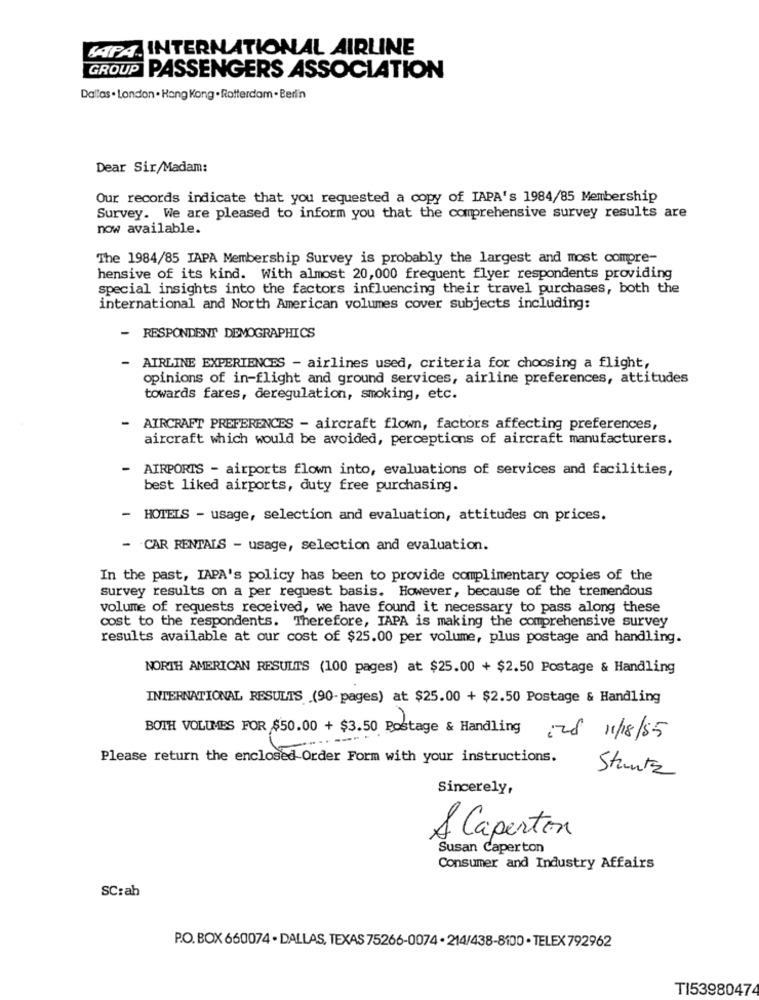
APA INTERNATIONAL AIRLINE
GROUP PASSENGERS ASSOCIATION
Dallas . London . Hang Kong . Rotterdam . Berlin
Dear Sir/Madam:
Our records indicate that you requested a copy of IAPA's 1984/85 Membership
Survey. We are pleased to inform you that the comprehensive survey results are
now available.
The 1984/85 IAPA Membership Survey is probably the largest and most compre-
hensive of its kind. With almost 20,000 frequent flyer respondents providing
special insights into the factors influencing their travel purchases, both the
international and North American volumes cover subjects including:
-
RESPONDENT DEMOGRAPHICS
- AIRLINE EXPERIENCES - airlines used, criteria for choosing a flight,
opinions of in-flight and ground services, airline preferences, attitudes
towards fares, deregulation, smoking, etc.
- AIRCRAFT PREFERENCES - aircraft flown, factors affecting preferences,
aircraft which would be avoided, perceptions of aircraft manufacturers.
-
AIRPORTS - airports flown into, evaluations of services and facilities,
best liked airports, duty free purchasing.
-
HOTELS - usage, selection and evaluation, attitudes on prices.
- CAR RENTALS - usage, selection and evaluation.
In the past, IAPA's policy has been to provide complimentary copies of the
survey results on a per request basis. However, because of the tremendous
volume of requests received, we have found it necessary to pass along these
cost to the respondents. Therefore, IAPA is making the comprehensive survey
results available at our cost of $25.00 per volume, plus postage and handling.
NORTH AMERICAN RESULTS (100 pages) at $25.00 + $2.50 Postage & Handling
INTERNATIONAL RESULTS (90-pages) at $25.00 + $2.50 Postage & Handling
BOTH VOLUMES FOR $50.00 + $3.50 Postage & Handling 2 28 11/18/85
Please return the enclosed Order Form with your instructions.
Stantz
Sincerely,
À Caperton
Susan Caperton
Consumer and Industry Affairs
SC:ab
P.O. BOX 660074 . DALLAS, TEXAS 75266-0074 - 214/438-8100 · TELEX 792962
TI53980474